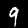
Digit: 9